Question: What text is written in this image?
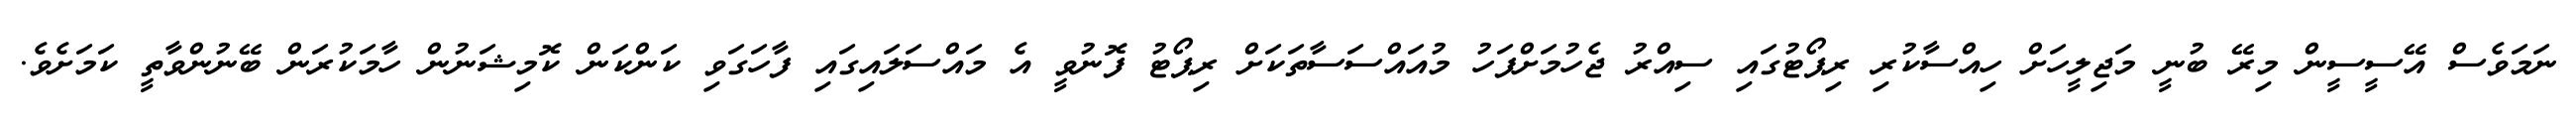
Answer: ނަމަވެސް އޭސީސީން މިރޭ ބުނީ މަޖިލީހަށް ހިއްސާކުރި ރިޕޯޓުގައި ސިއްރު ޖެހުމަށްފަހު މުއައްސަސާތަކަށް ރިޕޯޓު ފޮނުވީ އެ މައްސަލައިގައި ފާހަގަވި ކަންކަން ކޮމިޝަނުން ހާމަކުރަން ބޭނުންވާތީ ކަމަށެވެ.